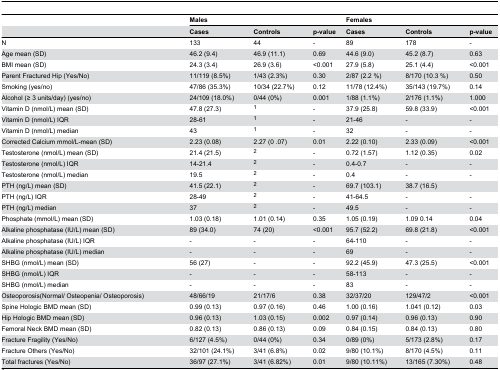
<table><thead><tr><td></td><td colspan="3"><b>Males</b></td><td colspan="3"><b>Females</b></td></tr><tr><td></td><td><b>Cases</b></td><td><b>Controls</b></td><td><b>p-value</b></td><td><b>Cases</b></td><td><b>Controls</b></td><td><b>p-value</b></td></tr></thead><tbody><tr><td>N</td><td>133</td><td>44</td><td>-</td><td>89</td><td>178</td><td>-</td></tr><tr><td>Age mean (SD)</td><td>46.2 (9.4)</td><td>46.9 (11.1)</td><td>0.69</td><td>44.6 (9.0)</td><td>45.2 (8.7)</td><td>0.63</td></tr><tr><td>BMI mean (SD)</td><td>24.3 (3.4)</td><td>26.9 (3.6)</td><td>&lt;0.001</td><td>27.9 (5.8)</td><td>25.1 (4.4)</td><td>&lt;0.001</td></tr><tr><td>Parent Fractured Hip (Yes/No)</td><td>11/119 (8.5%)</td><td>1/43 (2.3%)</td><td>0.30</td><td>2/87 (2.2 %)</td><td>8/170 (10.3 %)</td><td>0.50</td></tr><tr><td>Smoking (yes/no)</td><td>47/86 (35.3%)</td><td>10/34 (22.7%)</td><td>0.12</td><td>11/78 (12.4%)</td><td>35/143 (19.7%)</td><td>0.14</td></tr><tr><td>Alcohol (≥ 3 units/day) (yes/no)</td><td>24/109 (18.0%)</td><td>0/44 (0%)</td><td>0.001</td><td>1/88 (1.1%)</td><td>2/176 (1.1%)</td><td>1.000</td></tr><tr><td>Vitamin D (nmol/L) mean (SD)</td><td>47.8 (27.3)</td><td><sup>1</sup></td><td>-</td><td>37.9 (25.8)</td><td>59.8 (33.9)</td><td>&lt;0.001</td></tr><tr><td>Vitamin D (nmol/L) IQR</td><td>28-61</td><td><sup>1</sup></td><td>-</td><td>21-46</td><td>-</td><td>-</td></tr><tr><td>Vitamin D (nmol/L) median</td><td>43</td><td><sup>1</sup></td><td>-</td><td>32</td><td>-</td><td>-</td></tr><tr><td>Corrected Calcium mmol/L-mean (SD)</td><td>2.23 (0.08)</td><td>2.27 (0 .07)</td><td>0.01</td><td>2.22 (0.10)</td><td>2.33 (0.09)</td><td>&lt;0.001</td></tr><tr><td>Testosterone (nmol/L) mean (SD)</td><td>21.4 (21.5)</td><td><sup>2</sup></td><td>-</td><td>0.72 (1.57)</td><td>1.12 (0.35)</td><td>0.02</td></tr><tr><td>Testosterone (nmol/L) IQR</td><td>14-21.4</td><td><sup>2</sup></td><td>-</td><td>0.4-0.7</td><td>-</td><td>-</td></tr><tr><td>Testosterone (nmol/L) median</td><td>19.5</td><td><sup>2</sup></td><td>-</td><td>0.4</td><td>-</td><td>-</td></tr><tr><td>PTH (ng/L) mean (SD)</td><td>41.5 (22.1)</td><td><sup>2</sup></td><td>-</td><td>69.7 (103.1)</td><td>38.7 (16.5)</td><td></td></tr><tr><td>PTH (ng/L) IQR</td><td>28-49</td><td><sup>2</sup></td><td>-</td><td>41-64.5</td><td>-</td><td>-</td></tr><tr><td>PTH (ng/L) median</td><td>37</td><td><sup>2</sup></td><td>-</td><td>49.5</td><td>-</td><td>-</td></tr><tr><td>Phosphate (mmol/L) mean (SD)</td><td>1.03 (0.18)</td><td>1.01 (0.14)</td><td>0.35</td><td>1.05 (0.19)</td><td>1.09 0.14</td><td>0.04</td></tr><tr><td>Alkaline phosphatase (IU/L) mean (SD)</td><td>89 (34.0)</td><td>74 (20)</td><td>&lt;0.001</td><td>95.7 (52.2)</td><td>69.8 (21.8)</td><td>&lt;0.001</td></tr><tr><td>Alkaline phosphatase (IU/L) IQR</td><td>-</td><td>-</td><td>-</td><td>64-110</td><td>-</td><td>-</td></tr><tr><td>Alkaline phosphatase (IU/L) median</td><td>-</td><td>-</td><td>-</td><td>69</td><td>-</td><td>-</td></tr><tr><td>SHBG (nmol/L) mean (SD)</td><td>56 (27)</td><td>-</td><td>-</td><td>92.2 (45.9)</td><td>47.3 (25.5)</td><td>&lt;0.001</td></tr><tr><td>SHBG (nmol/L) IQR</td><td>-</td><td>-</td><td>-</td><td>58-113</td><td>-</td><td>-</td></tr><tr><td>SHBG (nmol/L) median</td><td>-</td><td>-</td><td>-</td><td>83</td><td>-</td><td>-</td></tr><tr><td>Osteoporosis(Normal/ Osteopenia/ Osteoporosis)</td><td>48/66/19</td><td>21/17/6</td><td>0.38</td><td>32/37/20</td><td>129/47/2</td><td>&lt;0.001</td></tr><tr><td>Spine Hologic BMD mean (SD)</td><td>0.99 (0.13)</td><td>0.97 (0.16)</td><td>0.46</td><td>1.00 (0.16)</td><td>1.041 (0.12)</td><td>0.03</td></tr><tr><td>Hip Hologic BMD mean (SD)</td><td>0.96 (0.13)</td><td>1.03 (0.15)</td><td>0.002</td><td>0.97 (0.14)</td><td>0.96 (0.13)</td><td>0.90</td></tr><tr><td>Femoral Neck BMD mean (SD)</td><td>0.82 (0.13)</td><td>0.86 (0.13)</td><td>0.09</td><td>0.84 (0.15)</td><td>0.84 (0.13)</td><td>0.80</td></tr><tr><td>Fracture Fragility (Yes/No)</td><td>6/127 (4.5%)</td><td>0/44 (0%)</td><td>0.34</td><td>0/89 (0%)</td><td>5/173 (2.8%)</td><td>0.17</td></tr><tr><td>Fracture Others (Yes/No)</td><td>32/101 (24.1%)</td><td>3/41 (6.8%)</td><td>0.02</td><td>9/80 (10.1%)</td><td>8/170 (4.5%)</td><td>0.11</td></tr><tr><td>Total fractures (Yes/No)</td><td>36/97 (27.1%)</td><td>3/41 (6.82%)</td><td>0.01</td><td>9/80 (10.11%)</td><td>13/165 (7.30%)</td><td>0.48</td></tr></tbody></table>